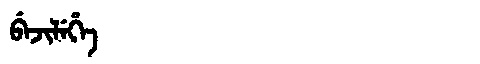
Manchu: ᠪᡝᠵᡳᠯᡝᡥᡝ
Romanization: BEJILEHE